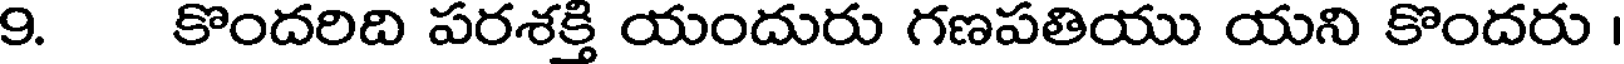
9. కొందరిది పరశక్తి యందురు గణపతియు యని కొందరు